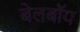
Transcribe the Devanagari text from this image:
बेलबॉय